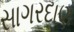
સાગરદાણ